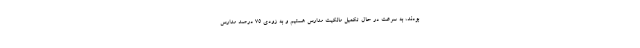
بودند، به سرعت در حال تکمیل مالکیت مدارس هستیم و به زودی ۷۵ درصد مدارس